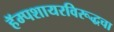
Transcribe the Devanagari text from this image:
हॅम्पशायरविरूद्धचा